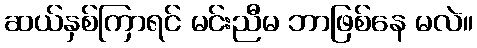
ဆယ်နှစ်ကြာရင် မင်းညီမ ဘာဖြစ်နေ မလဲ။